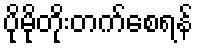
ပိုမိုတိုးတက်စေရန်